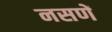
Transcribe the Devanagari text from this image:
नसणें